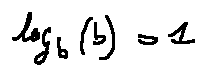
\log _ { b } ( b ) = 1